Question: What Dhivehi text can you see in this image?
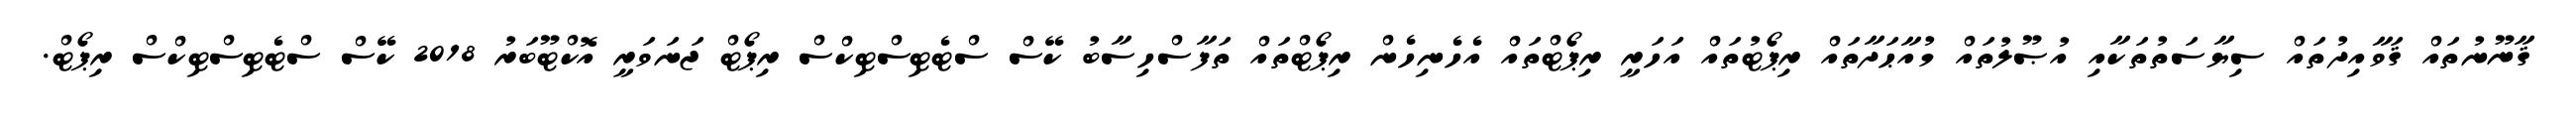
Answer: ޤާނޫނުތައް ޤަވާއިދުތައް ސިޔާސަތުތަކާއި އުޞޫލުތައް މުއާޙަދާތައް ރިޕޯޓުތައް އަހަރީ ރިޕޯޓްތައް އެހެނިހެން ރިޕޯޓްތައް ތަފާސްހިސާބު ކޭސް ސްޓެޓިސްޓިކްސް ރިޕޯޓް ޖަނަވަރީ އޮކްޓޫބަރު 2018 ކޭސް ސްޓެޓިސްޓިކްސް ރިޕޯޓް.